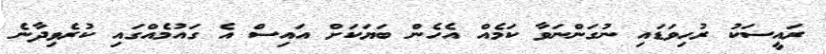
ރައީސަކު ރުހިވަޑައި ނުގަންނަވާ ކަމެއް އެހެން ބަޔަކަށް އައިސް އެ ގައުމެއްގައި ކުރެވިދާނެ